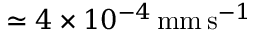
\simeq 4 \times 1 0 ^ { - 4 } \, \mathrm { m m \, s } ^ { - 1 }